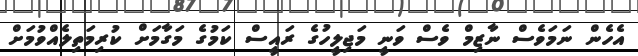
އެހެން ނަމަވެސް ނާޒިމް ވެސް ވަނީ މަޖިލީހުގެ ރައީސް ކަމުގެ މަގާމަށް ކުރިމަތިލެއްވުމަށް